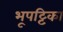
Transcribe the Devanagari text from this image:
भूपट्टिका